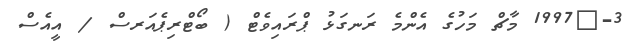
3-	1997 މާޗް މަހުގެ އެންމެ ރަނގަޅު ޕްރައިވެޓް ( ބޯޓްރިޕެއަރސް / އީއެސް